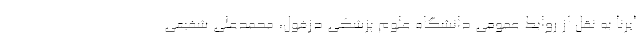
ایرنا به نقل از روابط عمومی دانشگاه علوم پزشکی دزفول، محمدعلی شفیعی